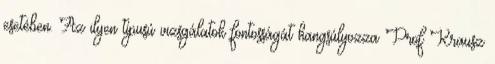
esetében. Az ilyen típusú vizsgálatok fontosságát hangsúlyozza Prof Krausz